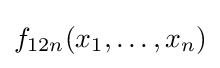
f_{12n}(x_{1},\ldots ,x_{n})